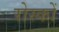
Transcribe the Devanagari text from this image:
रोस्कों